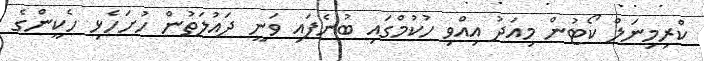
ކްރިމިނަލް ކޯޓުން މިއަދު އިއްވި ހުކުމްގައި ބުނެފައި ވަނީ ދައުލަތުން ހުށަހެޅި ހެކީންގެ